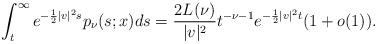
LaTeX: \begin{align*} \int_t^\infty e^{-\frac{1}{2}|v|^2s} p_\nu(s;x)ds = \frac{2L(\nu)}{|v|^2} t^{-\nu-1} e^{-\frac{1}{2}|v|^2t}(1+o(1)).\end{align*}